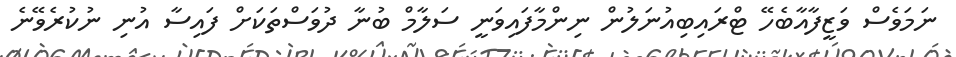
ނަމަވެސް ވަޒީފާއާބެހޭ ޓްރައިބިއުނަލުން ނިންމާފައިވަނީ ސަލާމް ބުނާ ދުވަސްތަކަށް ފައިސާ އުނި ނުކުރެވޭނެ